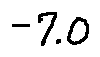
- 7 . 0